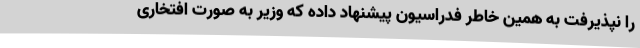
را نپذیرفت به همین خاطر فدراسیون پیشنهاد داده که وزیر به صورت افتخاری